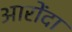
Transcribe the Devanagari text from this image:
आरोंदा